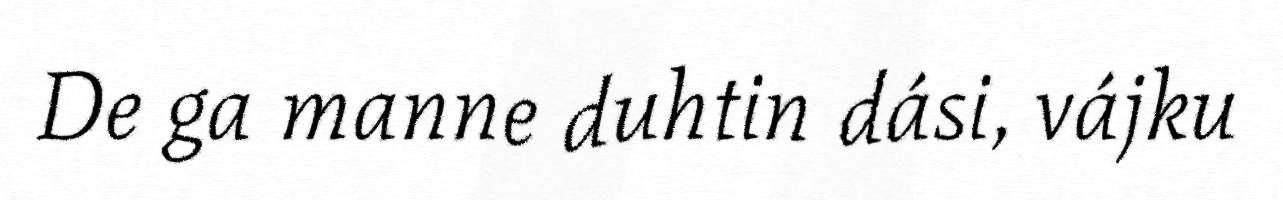
De ga manne duhtin dási, vájku